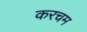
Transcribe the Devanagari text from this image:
करचम